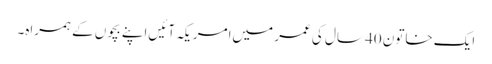
ایک خاتون 40 سال کی عمر میں‌امریکہ آئیں‌اپنے بچوں کے ہمراہ۔